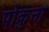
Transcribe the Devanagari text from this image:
पोकुना